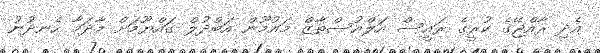
އެދި ރާއްޖޭގެ ކުރީގެ ރައީސް އަލްއުސްތާޒް މައުމޫން އަބްދުލް ގައްޔޫމަށް މާދަމާ ހެނދުނު